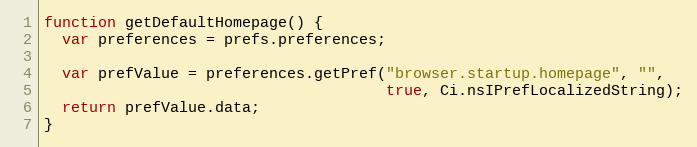
Language: JavaScript
function getDefaultHomepage() {
  var preferences = prefs.preferences;

  var prefValue = preferences.getPref("browser.startup.homepage", "",
                                      true, Ci.nsIPrefLocalizedString);
  return prefValue.data;
}